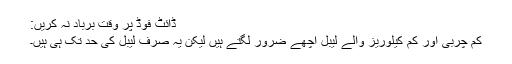
ڈائٹ فوڈ پر وقت برباد نہ کریں:
کم چربی اور کم کیلوریز والے لیبل اچھے ضرور لگتے ہیں لیکن یہ صرف لیبل کی حد تک ہی ہیں۔